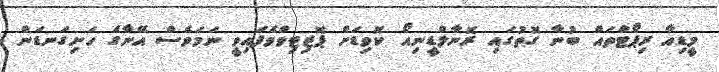
މީޑިއާ ރިޕޯޓްތައް ބުނާ ގޮތުގައި ރޮނާލްޑީނިއޯ ކޮވިޑަށް ޕޮޒިޓިވްވެފައިވީ ނަމަވެސް އޭނާގެ ހަށިގަނޑަން